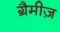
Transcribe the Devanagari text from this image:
ग्रैमीज़